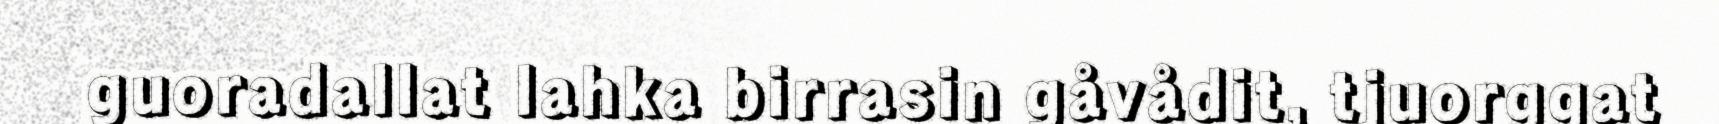
guoradallat lahka birrasin gåvådit, tjuorggat